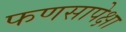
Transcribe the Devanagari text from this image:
फणसापेक्षा